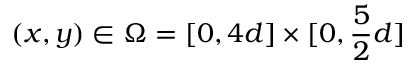
( x , y ) \in \Omega = [ 0 , 4 d ] \times [ 0 , \frac 5 2 d ]